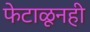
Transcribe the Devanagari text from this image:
फेटाळूनही